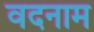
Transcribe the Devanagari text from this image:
वदनाम